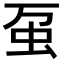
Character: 虿